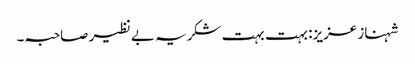
شہناز عزیز: بہت بہت شکریہ بے نظیر صاحبہ۔